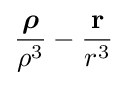
{{\boldsymbol {\rho }} \over \rho ^{3}}-{\mathbf {r}  \over r^{3}}